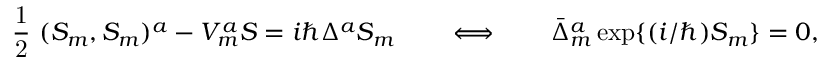
\mathrm { ~ \frac { 1 } { 2 } ~ } ( S _ { m } , S _ { m } ) ^ { a } - V _ { m } ^ { a } S = i \hbar \Delta ^ { a } S _ { m } \qquad \Longleftrightarrow \qquad \bar { \Delta } _ { m } ^ { a } \, \mathrm { e x p } \{ ( i / \hbar ) S _ { m } \} = 0 ,